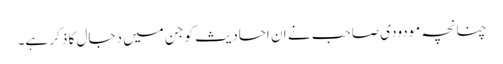
چنانچہ مودودی صاحب نے ان احادیث کو جن میں دجال کا ذکر ہے۔